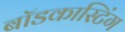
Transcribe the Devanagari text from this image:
बॉडकास्टिंग